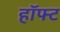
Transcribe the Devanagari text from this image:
हॉफ्ट